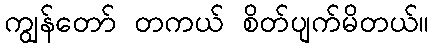
ကျွန်တော် တကယ် စိတ်ပျက်မိတယ်။